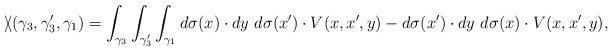
LaTeX: \begin{align*}\backslash\!\!\!\slash(\gamma_3,\gamma_3^\prime,\gamma_1)=\int_{\gamma_3}\int_{\gamma_3^\prime}\int_{\gamma_1}d\sigma(x)\cdot dy\,\, d\sigma(x^\prime)\cdot V(x,x^\prime,y)-d\sigma(x^\prime)\cdot dy\,\, d\sigma(x)\cdot V(x,x^\prime,y),\end{align*}